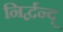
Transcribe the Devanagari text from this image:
निर्द्वन्द्